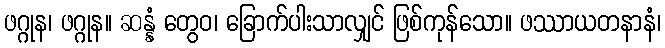
ဖဂ္ဂုန၊ ဖဂ္ဂုန။ ဆန္နံ တွေဝ၊ ခြောက်ပါးသာလျှင် ဖြစ်ကုန်သော။ ဖဿာယတနာနံ၊